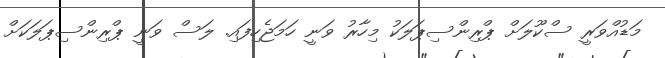
މަޑުއްވަރީ ސްކޫލަށް ޕްރިންސިޕަލަކު މިހާރު ވަނީ ހަމަޖެހިފައި. ލަސް ވަނީ ޕްރިންސިޕަލަކަށް